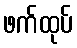
ဖက်ထုပ်